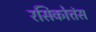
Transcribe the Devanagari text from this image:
रसिकोत्तंस